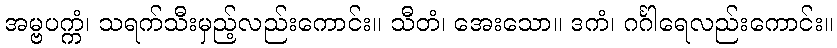
အမ္ဗပက္ကံ၊ သရက်သီးမှည့်လည်းကောင်း။ သီတံ၊ အေးသော။ ဒကံ၊ ဂင်္ဂါရေလည်းကောင်း။